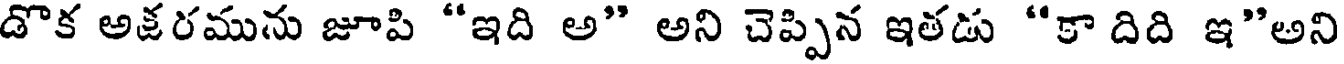
డొక అకరమును జూపి "ఇది అ" అని చెప్పిన ఇతడు "కా దిది ఇ"అని